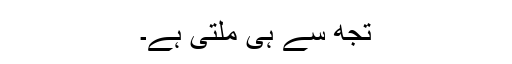
تجھ سے ہی ملتی ہے۔